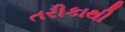
તરીકાથી